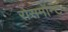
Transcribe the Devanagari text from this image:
रोसमॉन्ट